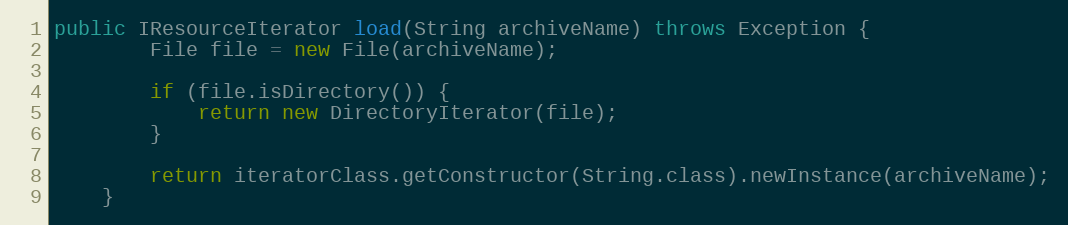
Language: Java
public IResourceIterator load(String archiveName) throws Exception {
        File file = new File(archiveName);

        if (file.isDirectory()) {
            return new DirectoryIterator(file);
        }

        return iteratorClass.getConstructor(String.class).newInstance(archiveName);
    }